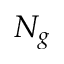
N _ { g }